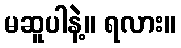
မဆူပါနဲ့။ ရလား။